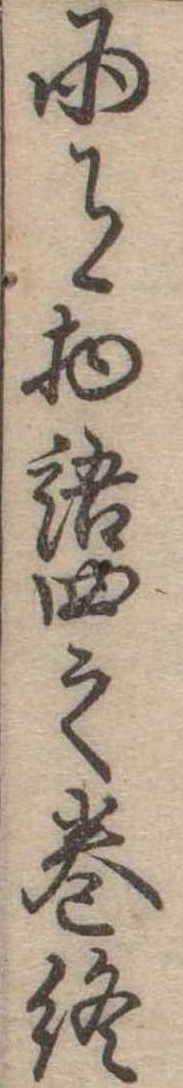
雨月物語四之巻終